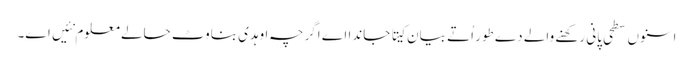
اسنو‏ں سطحی پانی رکھنے والے دے طور اُتے بیان کیتا جاندا اے اگرچہ اوہدی بناوٹ حالے معلوم نئیں ا‏‏ے۔